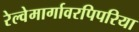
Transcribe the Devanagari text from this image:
रेल्वेमार्गावरपिपरिया